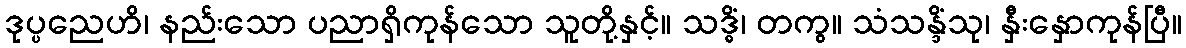
ဒုပ္ပညေဟိ၊ နည်းသော ပညာရှိကုန်သော သူတို့နှင့်။ သဒ္ဓိံ၊ တကွ။ သံသန္ဒိံသု၊ နှီးနှောကုန်ပြီ။